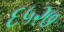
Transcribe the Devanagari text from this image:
६५२७